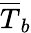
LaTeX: \overline{{T}}_{b}